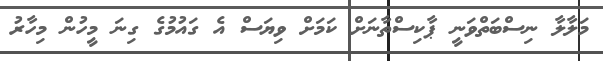
މަލާލާ ނިސްބަތްވަނީ ޕާކިސްތާނަށް ކަމަށް ވިޔަސް އެ ގައުމުގެ ގިނަ މީހުން މިހާރު